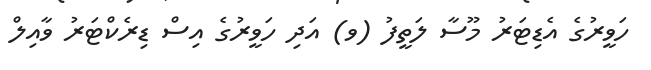
ހަވީރުގެ އެޑިޓަރު މޫސާ ލަތީފު (ވ) އަދި ހަވީރުގެ އިސް ޑިރެކްޓަރު ވާއިލް